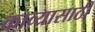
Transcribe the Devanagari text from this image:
काव्यासाठी